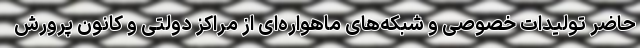
حاضر تولیدات خصوصی و شبکه‌های ماهواره‌ای از مراکز دولتی و کانون پرورش